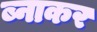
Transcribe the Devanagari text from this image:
ब्नाकर